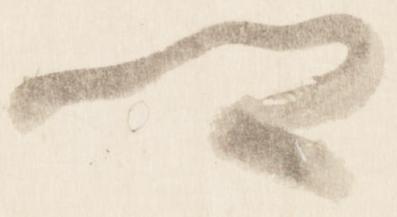
卿